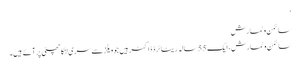
‘
سائمن وٹمارش
سائمن وٹمارش، ایک 55 سالہ ریٹائرڈ ڈاکٹر ہیں جو ویلز سے سری لنکا چھٹی پر آئے ہیں۔